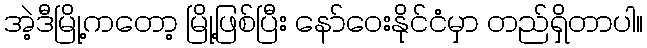
အဲ့ဒီမြို့ကတော့ မြို့ဖြစ်ပြီး နော်ဝေးနိုင်ငံမှာ တည်ရှိတာပါ။